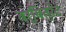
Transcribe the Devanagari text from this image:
बर्बितुरेट